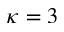
\kappa = 3